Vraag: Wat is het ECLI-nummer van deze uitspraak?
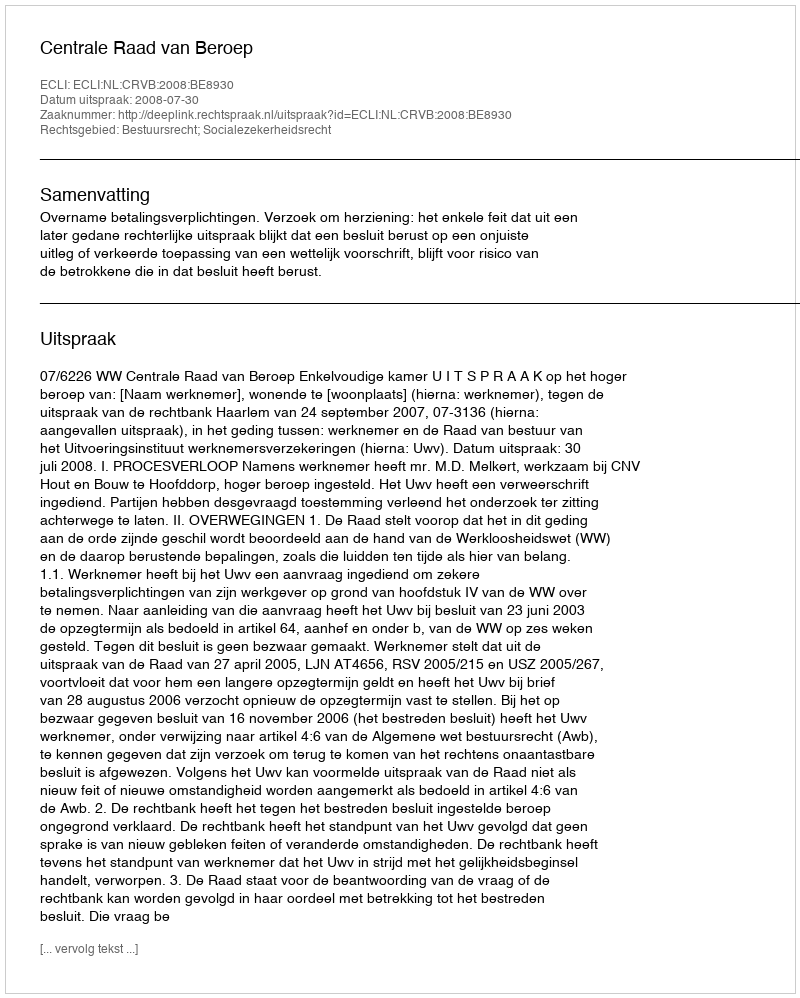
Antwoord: ECLI:NL:CRVB:2008:BE8930